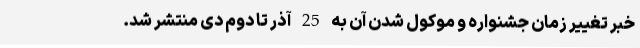
خبر تغییر زمان جشنواره و موکول شدن آن به 25 آذر تا دوم دی منتشر شد.